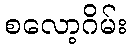
စလော့ဂိမ်း